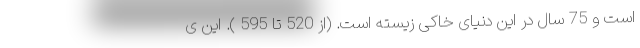
است و 75 سال در این دنیای خاکی زیسته است. (از 520 تا 595 ). این ی